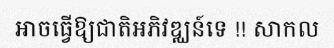
អាចធ្វើឱ្យជាតិអភិវឌ្ឈន៍ទេ !! សាកល